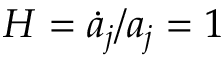
H = \dot { a } _ { j } / a _ { j } = 1